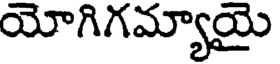
యోగిగమ్యాయై